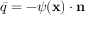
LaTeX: { \bar { q } } = - { \boldsymbol { \psi } } ( \mathbf { x } ) \cdot \mathbf { n }